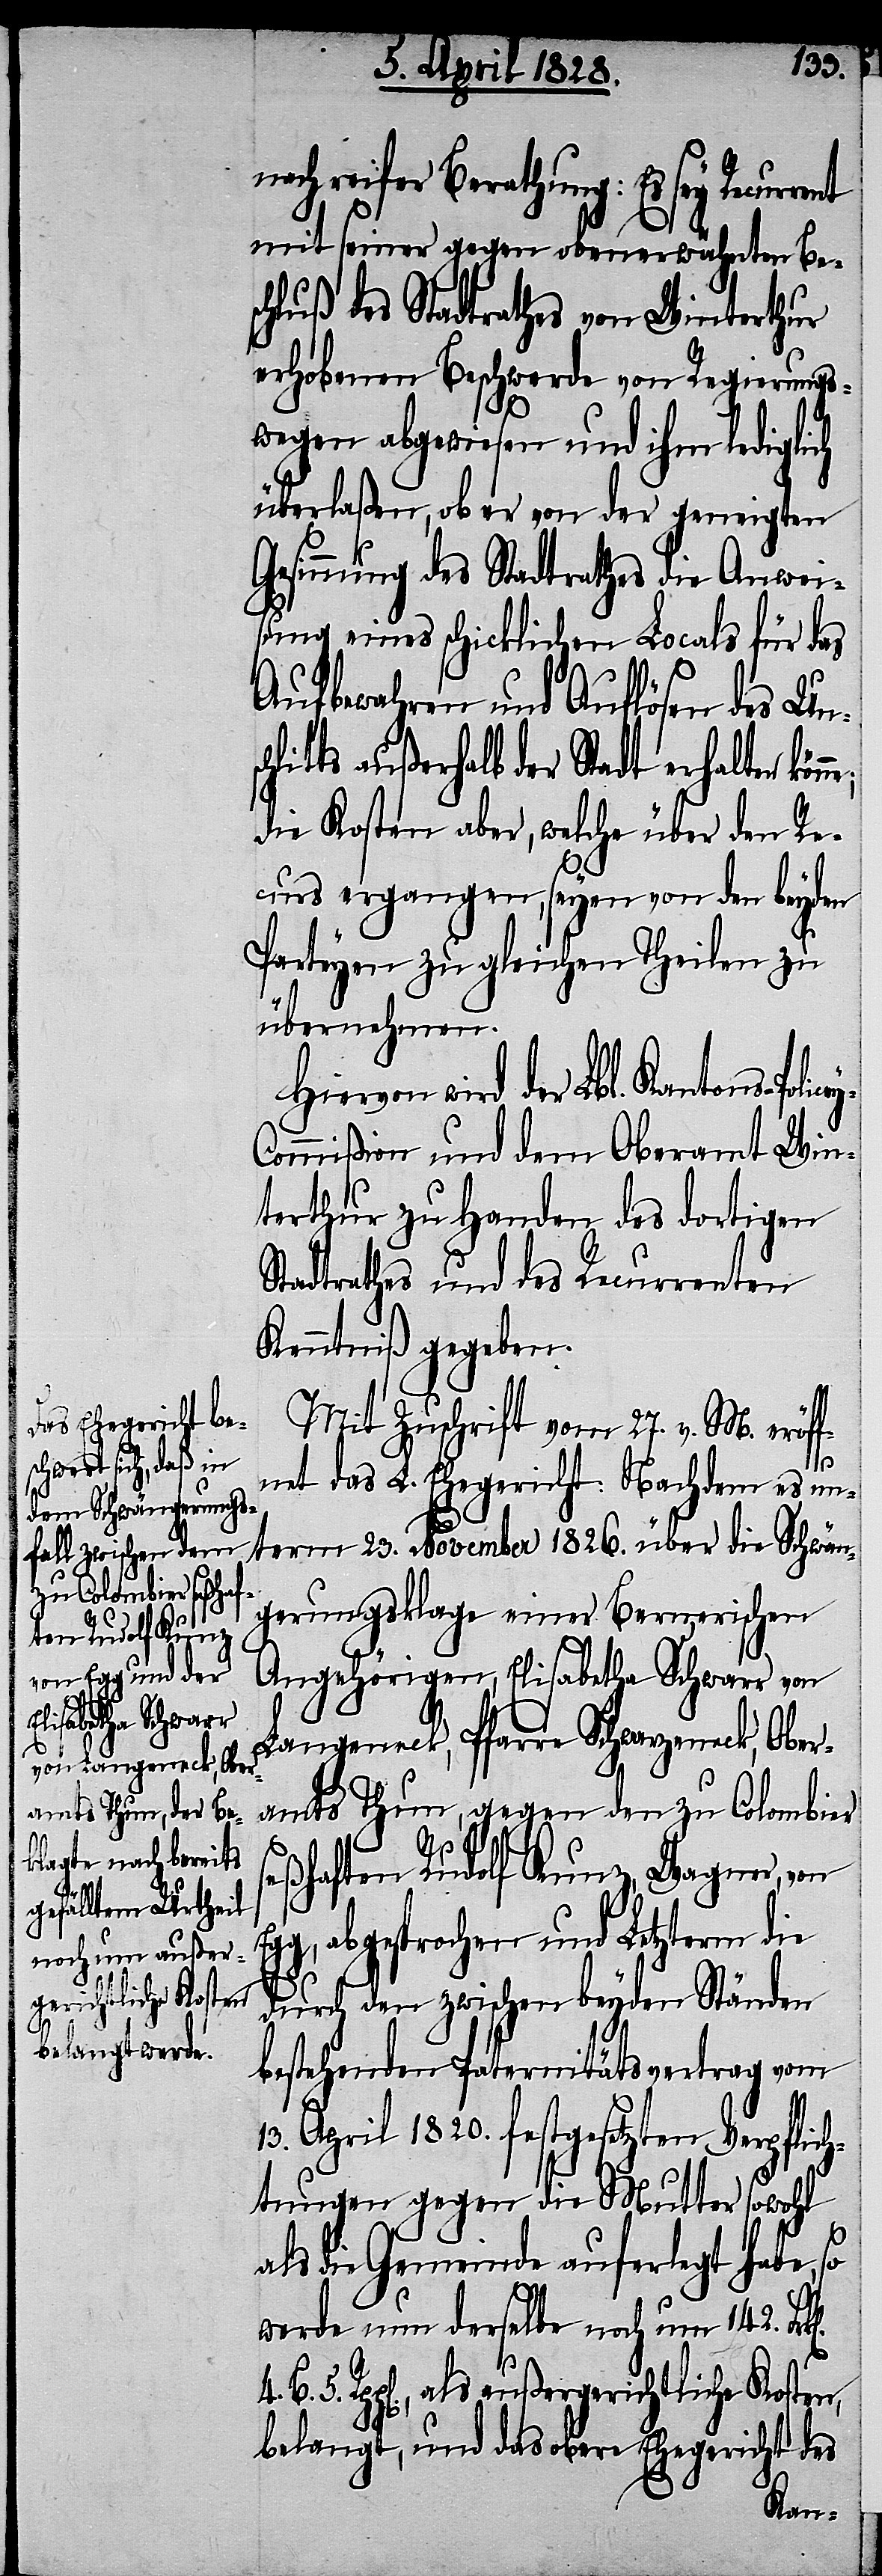
y-C¬

nach reifer Berathung: Es sey Recurre¬
mit seiner gegen obenerwähnten Bes¬
chluß des Stadtrathes von Winterthur
erhobenen Beschwerde von Regierungs¬
wegen abgewiesen und ihm lediglich
überlaßen, ob er von der geneigten
Gesinnung des Stadtrathes die Anwei¬
sung eines schicklichen Locals für das
5.
Aufbewahren und Auflösen des Un¬
litts außerhalb der Stadt erhalten
die Kosten aber, welche über den Re¬
curs ergangen, seyen von den beyden
Parteyen zu gleichen Theilen zu
übernehmen.
Hiervon wird der Lbl. Kantons-Poli¬
ommißion und dem Oberamt Win¬
terthur zu Handen des dortigen
Stadtrathes und des Recurrenten
Kenntniß gegeben.
Mit Zuschrift vom 27. v. M. eröf¬
4.
fnet das L. Ehegericht: Nachdem es un¬
term 23. November 1826. über die Schwän¬
gerungsklage einer Bernerischen
Angehörigen, Elisabetha Schwarr von
Langeneck, Pfarre Schwarzeneck, Ober¬
amts Thun, gegen den zu Colombier
seßhaften Rudolf Kunz, Wagner, von
abgesprochen und Letzterm die
durch den zwischen beyden Ständen
bestehenden Paternitätsvertrag vom
13. April 1820. festgesetzten Verpflich¬
tungen gegen die Mutter sowohl
als die Gemeinde auferlegt habe, so
werde nun derselbe noch um 142.
Rpp[en]., als außergerichtliche Kosten,
belangt, und das obere Ehegericht des